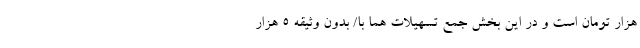
هزار تومان است و در این بخش جمع تسهیلات هما با/ بدون وثیقه 5 هزار